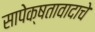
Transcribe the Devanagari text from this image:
सापेक्षतावादाचे